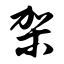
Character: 架